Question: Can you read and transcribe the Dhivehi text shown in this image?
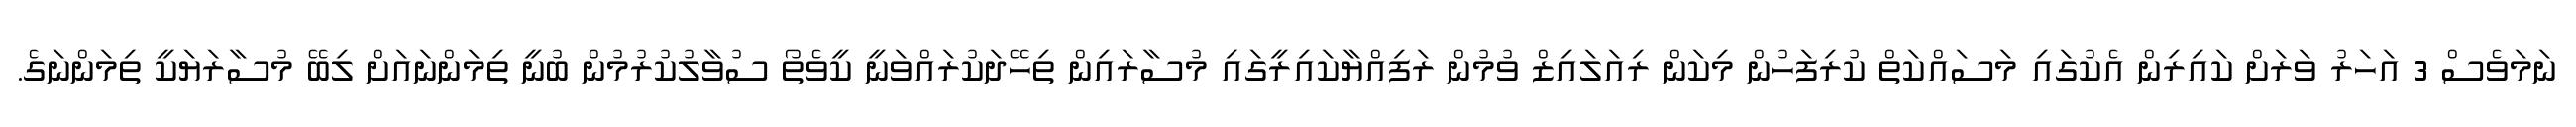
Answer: ނަމަވެސް 3 އަހަރު ވަރަށް ކައިރިން އެކުގައި މަސައްކަތް ކުރިފަހުން މިކަން ރިއަލައިޒް ވުމުން ރަފިއްޔާކައިރީގައި މުސާރައިން ތިހޭދަކުރައްވަނީ ކީވެތޯ ސުވާލުކުރުމުން ބުނީ ތިމަންނައަށް ލިބޭ މުސާރަޔަކީ ތިމަންނަގެ.